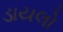
ડાયલો